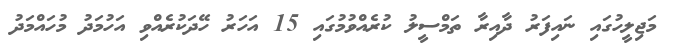
މަޖިލީހުގައި ނައިފަރު ދާއިރާ ތަމްސީލު ކުރެއްވުމުގައި 15 އަހަރު ހޭދަކުރެއްވި އަހުމަދު މުހައްމަދު